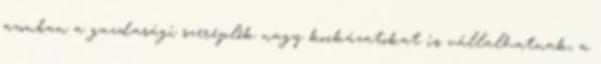
azonban a gazdasági szereplők nagy kockázatokat is vállalhatnak, a